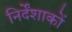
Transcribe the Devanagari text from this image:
निर्देंशाकों